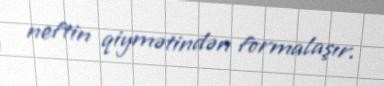
neftin qiymətindən formalaşır.